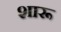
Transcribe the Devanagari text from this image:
शारू